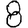
Digit: 8